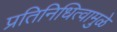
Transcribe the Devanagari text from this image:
प्रतिनिधित्वामुळे